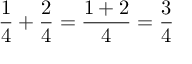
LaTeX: { \frac { 1 } { 4 } } + { \frac { 2 } { 4 } } = { \frac { 1 + 2 } { 4 } } = { \frac { 3 } { 4 } }